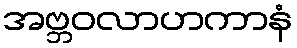
အဗ္ဘဝလာဟကာနံ